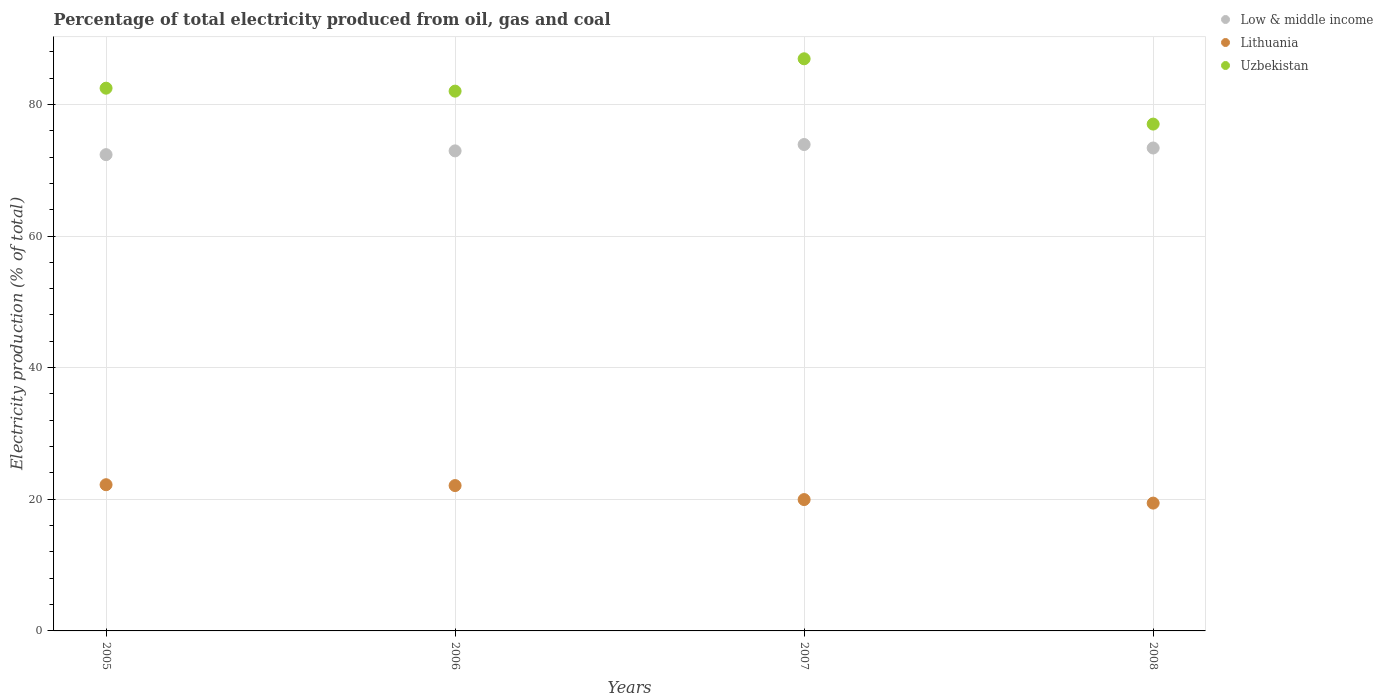
| Years | Low & middle income | Lithuania | Uzbekistan |
 | --- | --- | --- | --- |
 | 2005 | 72.4 | 22.2 | 82.5 |
 | 2006 | 72.9 | 22.1 | 82 |
 | 2007 | 73.9 | 20 | 86.9 |
 | 2008 | 73.4 | 19.4 | 77 |